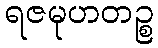
ရဇမုဟတဉ္စ